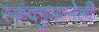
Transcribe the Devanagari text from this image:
स्कंदगुप्तानेही